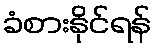
ခံစားနိုင်ရန်